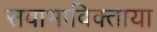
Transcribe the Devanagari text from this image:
सवाभाविक्ताया